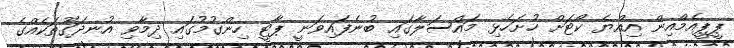
ޕީޕީއެމްއިން އިއްޔެ ކޯޓަށް ހުށަހެޅި މައްސަލާގައި ބުނެފައިވަނީ ޕާޓީ ހިންގުމުގައި ދިމާވި އުނދަގޫތަކެއްގެ